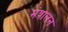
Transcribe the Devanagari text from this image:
मंत्रालन